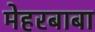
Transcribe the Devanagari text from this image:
मेहरबाबा